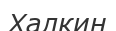
Халкин